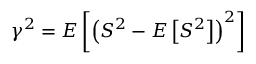
\gamma ^ { 2 } = E \left[ \left( S ^ { 2 } - E \left[ S ^ { 2 } \right] \right) ^ { 2 } \right]